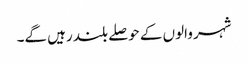
شہر والوں کے حوصلے بلند رہیں گے۔